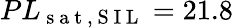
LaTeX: PL_{\mathrm{~s~a~t~,~S~I~L~}}=21.8